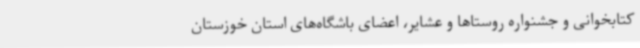
کتابخوانی و جشنواره روستاها و عشایر، اعضای باشگاه‌های استان خوزستان